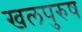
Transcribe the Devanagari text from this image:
खलपुरुष